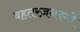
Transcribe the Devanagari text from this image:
बहतरज़नदगी